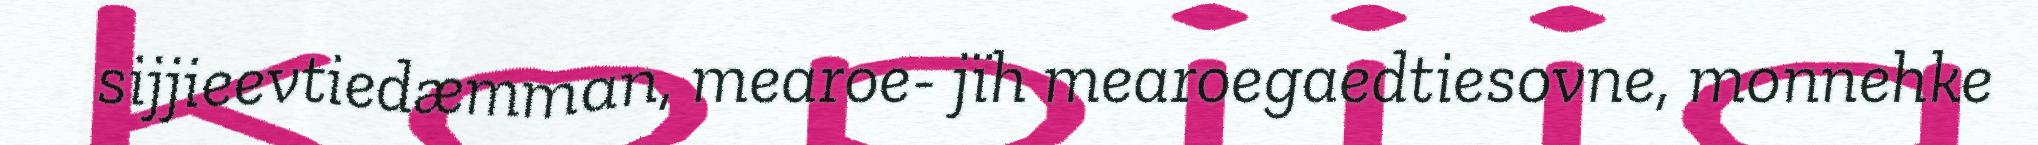
sijjieevtiedæmman, mearoe- jïh mearoegaedtiesovne, monnehke